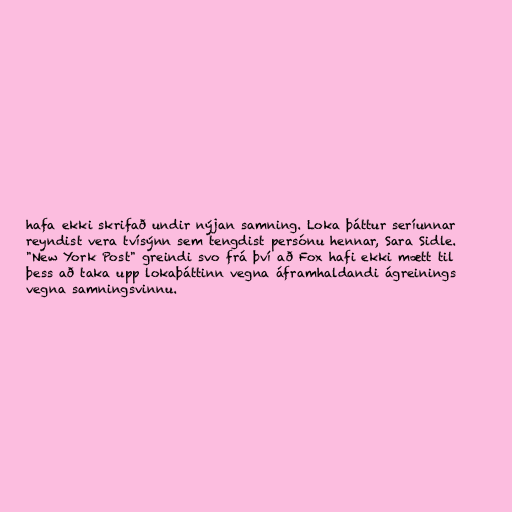
hafa ekki skrifað undir nýjan samning. Loka þáttur seríunnar
reyndist vera tvísýnn sem tengdist persónu hennar, Sara Sidle.
"New York Post" greindi svo frá því að Fox hafi ekki mætt til
þess að taka upp lokaþáttinn vegna áframhaldandi ágreinings
vegna samningsvinnu.